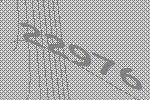
22976